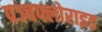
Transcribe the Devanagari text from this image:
पञ्चफ्लोराइड